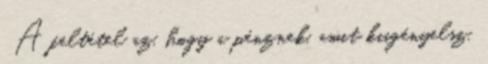
. A feltétel az, hogy a pénznek, amit kiigényelsz,